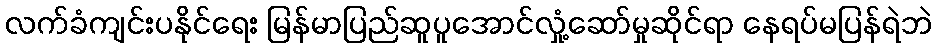
လက်ခံကျင်းပနိုင်ရေး မြန်မာပြည်ဆူပူအောင်လှုံ့ဆော်မှုဆိုင်ရာ နေရပ်မပြန်ရဲဘဲ